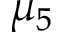
\mu _ { 5 }